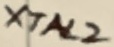
Text: XTAL2